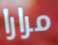
مرارا